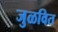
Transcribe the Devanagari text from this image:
जुळवित